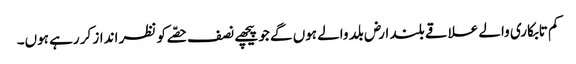
کم تابکاری والے علاقے بلند ارض بلد والے ہوں گے جو پیچھے نصف حصّے کو نظر انداز کر رہے ہوں۔